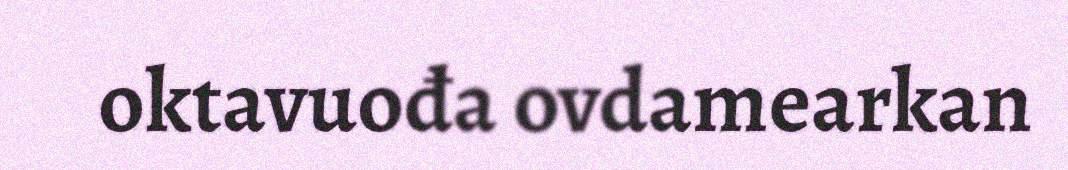
oktavuođa ovdamearkan